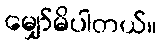
မျှော်မိပါတယ်။